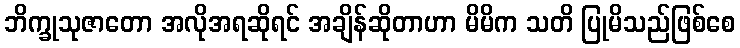
ဘိက္ခုသုဇာတော အလိုအရဆိုရင် အချိန်ဆိုတာဟာ မိမိက သတိ ပြုမိသည်ဖြစ်စေ